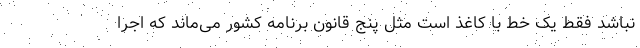
نباشد فقط یک خط با کاغذ است مثل پنج قانون برنامه کشور می‌ماند که اجرا